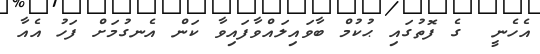
އެހެނީ  ގެ ފޮތުގައި ޙުކުމް ބާވައިލައްވާފައިވާ ކަން އެނގުމަށް ފަހު އެއާ